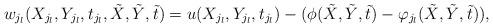
LaTeX: \begin{align*}w_{j_l}(X_{j_l},Y_{j_l},t_{j_l},\tilde X,\tilde Y,\tilde t)&=u(X_{j_l},Y_{j_l},t_{j_l})-(\phi(\tilde X,\tilde Y,\tilde t)-\varphi_{j_l}(\tilde X,\tilde Y,\tilde t)),\end{align*}